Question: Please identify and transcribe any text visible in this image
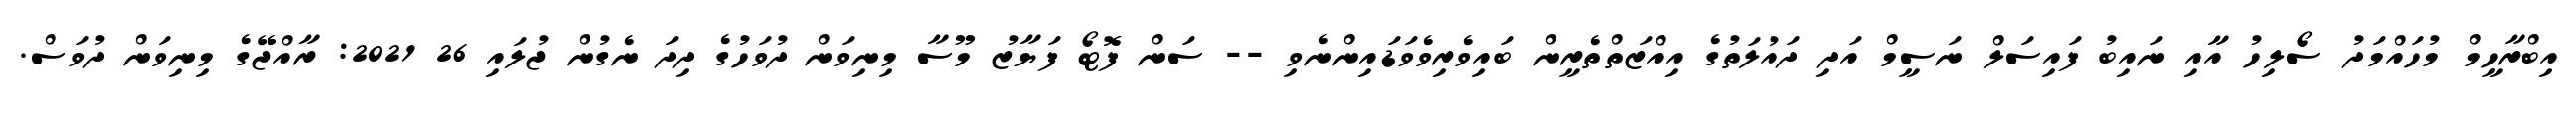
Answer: އިބްރާހީމް މުހައްމަދު ސޯލިހު އާއި ނައިބު ފައިސަލް ނަސީމް އަދި ދައުލަތުގެ އިއްޒަތްތެރީން ބައިވެރިވެވަޑައިންނެވި -- ސަން ފޮޓޯ ފަޔާޒު މޫސާ މިނިވަން ދުވަހުގެ ދިދަ ނެގުން ޖުލައި 26 2021: ރާއްޖޭގެ މިނިވަން ދުވަސް.